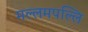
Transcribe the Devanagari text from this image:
मल्लमपल्लि